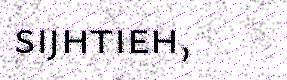
sijhtieh,